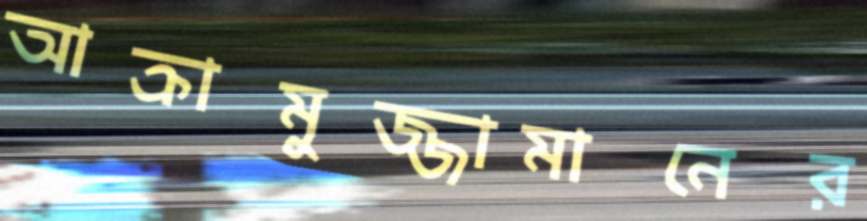
আক্রামুজ্জামানের